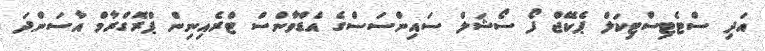
އަދި ސްޓެޓިސްޓިކަލް ޕެކޭޖް ފޯ ސޯޝަލް ސައިންސަސްގެ އެޑްވާންސް ޓްރެއިނިން ޕްރޮގްރާމް އާސަންދަ